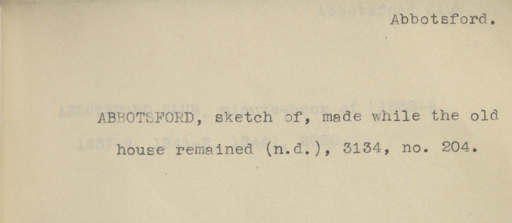
Label: content